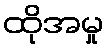
ထိုအမှု